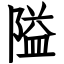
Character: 隘